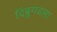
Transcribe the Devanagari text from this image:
दिब्रुगढला